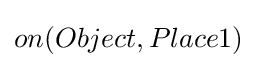
on(Object,Place1)